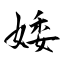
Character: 婑